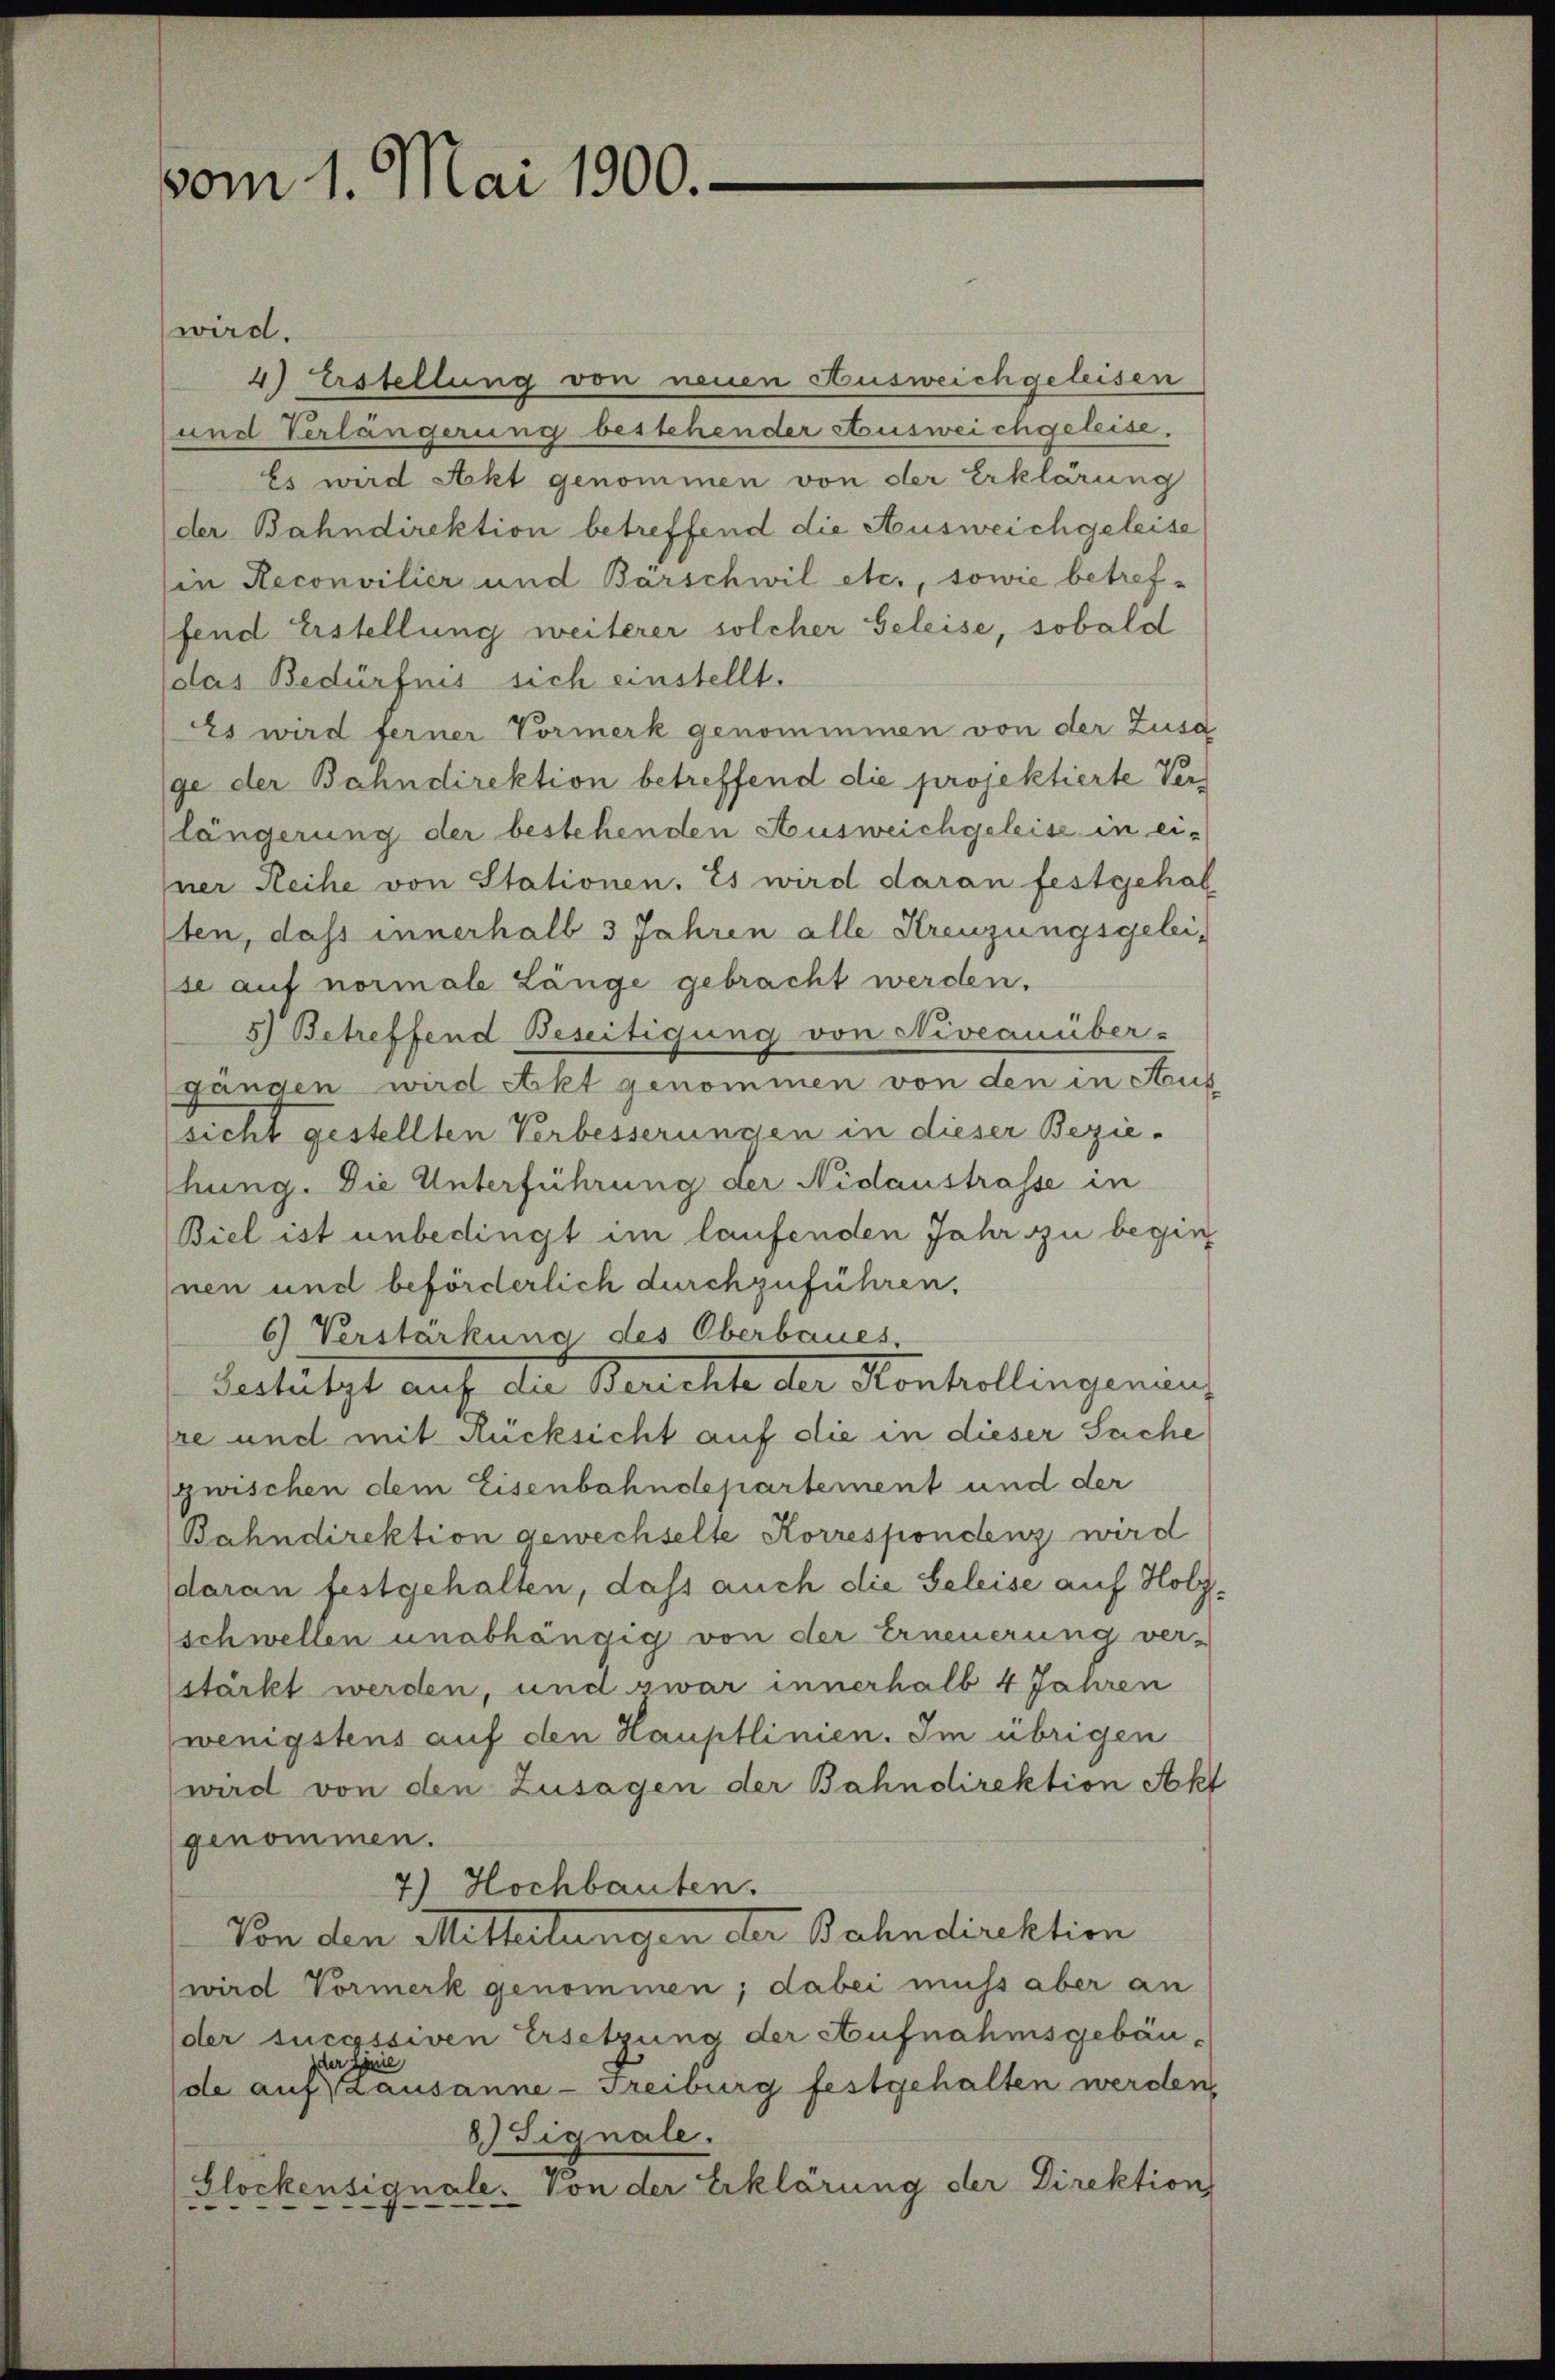
vom 1. Mai 1900.

wird.
4) Erstellung von neuen Ausweichgeleisen
und Verlängerung bestehender Ausweichgeleise.
Es wird Akt genommen von der Erklärung
der Bahndirektion betreffend die Ausweichgeleise
in Reconsilier und Bärschwil etc., sowie betreffend Erstellung weiterer solcher Geleise, sobald
das Bedürfnis sich einstellt.
Es wird ferner Vormerk genommmen von der Zusa
ge der Bahndirektion betreffend die projektierte Verlängerung der bestehenden Ausweichgeleise in einer Reihe von Stationen. Es wird daran festgehal
ten, dass innerhalb 3 Jahren alle Kreuzungsgeleise auf normale Länge gebracht werden.
5) Betreffend Beseitigung von Niveauüber-
gangen wird Akt genommen von den in Aus
sicht gestellten Verbesserungen in dieser Beziehung. Die Unterführung der Nidaustrasse in
Biel ist unbedingt im laufenden Jahr zu begin
nen und beförderlich durchzuführen.
6) Verstärkung des Oberbaues,
Sestützt auf die Berichte der Konkollingenau,
re und mit Rücksicht auf die in dieser Sache
Zwischen dem Eisenbahndepartement und der
Bahndirektion gewechselte Korrespondenz wird
daran festgehalten, dass auch die Geleise auf Holz¬
(schwellen unabhängig von der Erneuerung ver-
stärkt werden, und zwar innerhalb 4 Jahren
wenigstens auf den Hauptlinien. Im übrigen
wird von den Zusagen der Bahndirektion Akt
genommen.
7) Hochbauten.
Von den Mitteilungen der Bahndirektion
wird Vormerk genommen; dabei muss aber an
der successiven Ersetzung der Aufnahmsgebäu¬
Der Gene
de aufszausanne-Freiburg festgehalten werden,
8.) Signale.
(Glockensignale. Von der Erklärung der Direktion